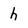
Character: h